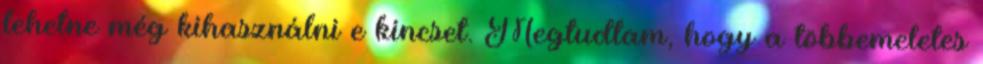
lehetne még kihasználni e kincset. Megtudtam, hogy a többemeletes